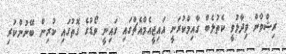
ރިޝްވާން ވިދާޅުވީ ކެތުލެބް ގާއިމްކުރަނީ އައިޖީއެމްއެޗްގައި ގައިނީ ވޯޑުގެ ގޮތުގައި ކުރިން ބޭނުންކުރި